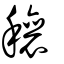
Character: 穰